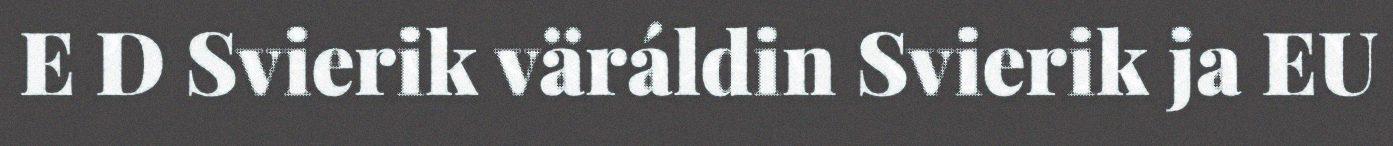
E D Svierik väráldin Svierik ja EU